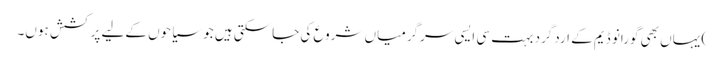
) یہاں بھی گورانو ڈیم کے اردگرد بہت سی ایسی سرگرمیاں شروع کی جاسکتی ہیں جو سیاحوں کےلیے پرکشش ہوں۔